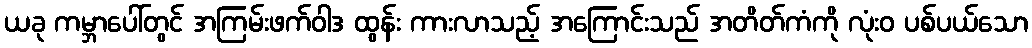
ယခု ကမ္ဘာပေါ်တွင် အကြမ်းဖက်ဝါဒ ထွန်း ကားလာသည့် အကြောင်းသည် အတိတ်ကံကို လုံးဝ ပစ်ပယ်သော